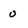
Character: o